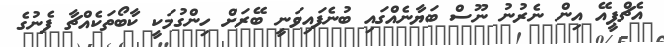
އެޗްޕީއޭ އިން ނެރުނު ނޫސް ބަޔާނެއްގައި ބުނެފައިވަނީ ބޭރަށް ހިންގުމަކީ ކާބޯތަކެއްޗާ ފެނުގެ